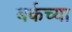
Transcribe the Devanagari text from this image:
बर्कच्या